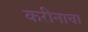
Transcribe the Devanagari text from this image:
करीनाचा